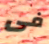
فى